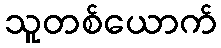
သူတစ်ယောက်